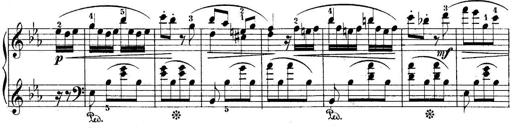
Title: 10 Sonatines progressives
Composer: Anton Schmoll